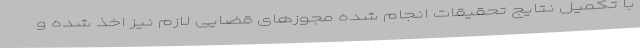
با تکمیل نتایج تحقیقات انجام شده مجوزهای قضایی لازم نیز اخذ شده و